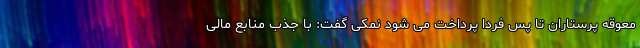
معوقه پرستاران تا پس فردا پرداخت می شود نمکی گفت: با جذب منابع مالی